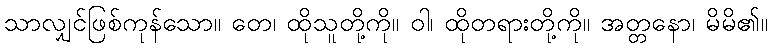
သာလျှင်ဖြစ်ကုန်သော။ တေ၊ ထိုသူတို့ကို။ ဝါ၊ ထိုတရားတို့ကို။ အတ္တနော၊ မိမိ၏။